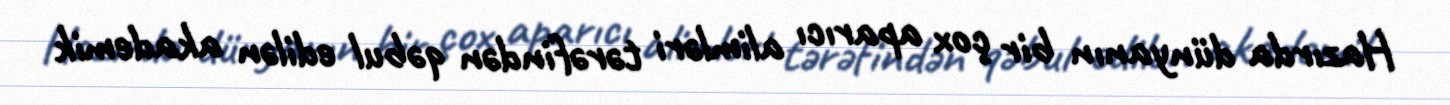
Hazırda dünyanın bir çox aparıcı alimləri tərəfindən qəbul edilən akademik